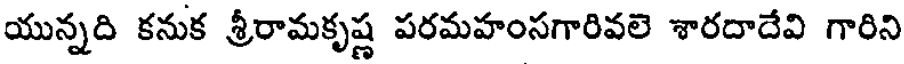
యున్నది కనుక శ్రీరామకృష్ణ పరమహంసగారివలె శారదాదేవి గారిని